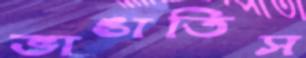
ভাঙাতিস